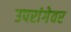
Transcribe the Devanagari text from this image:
उपरांगेवर